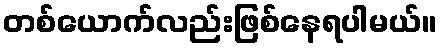
တစ်ယောက်လည်းဖြစ်နေရပါမယ်။